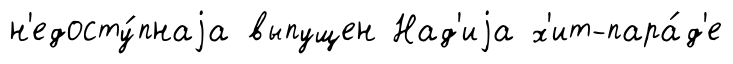
н'едосту́пнаjа выпущен Над'иjа х'ит-пара́д'е